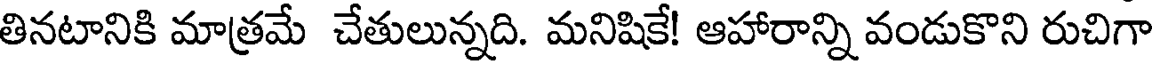
తినటానికి మాత్రమే చేతులున్నది. మనిషికే! ఆహారాన్ని వండుకొని రుచిగా